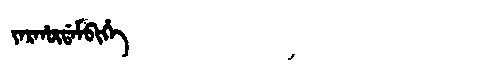
Manchu: ᠶᠠᡵᡥᡡᡩᠠᠮᠪᡳᡥᡝ
Romanization: YARHŪDAMBIHE